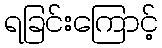
ရခြင်းကြောင့်